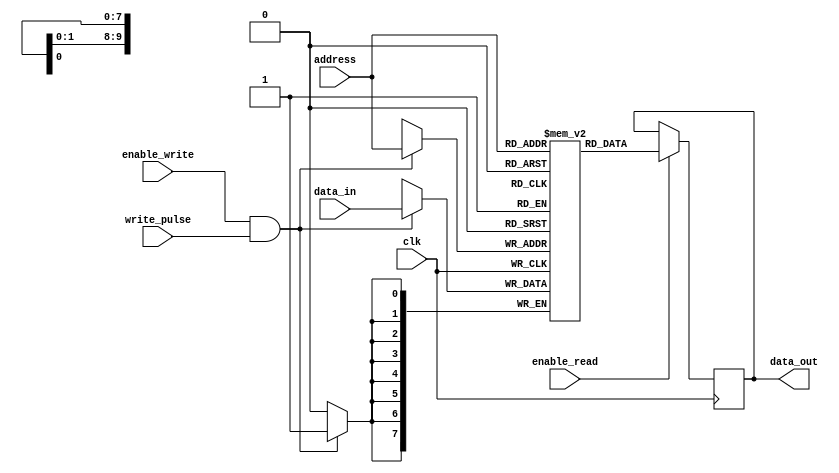
module PCM_Memory(
    input clk,
    input [9:0] address,
    input enable_read,
    input enable_write,
    input [7:0] data_in,
    input write_pulse,
    output reg [7:0] data_out
);

reg [7:0] memory_array [0:1023];
reg [7:0] reference_voltage;
reg [1:0] chalcogenide_state;

always @ (posedge clk) begin
    if (enable_read) begin
        data_out <= memory_array[address];
    end

    if (enable_write && write_pulse) begin
        memory_array[address] <= data_in;
    end
end

endmodule